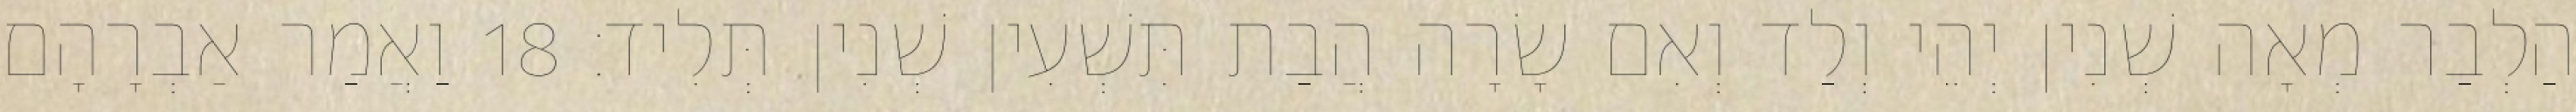
הַלְבַר מְאָה שְׁנִין יְהֵי וְלַד וְאִם שָׂרָה הֲבַת תִּשְׁעִין שְׁנִין תְּלִיד׃ 18 וַאֲמַר אַבְרָהָם